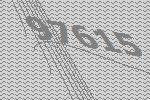
97615